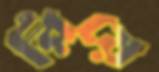
রিয়ে